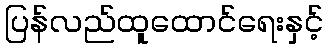
ပြန်လည်ထူထောင်ရေးနှင့်